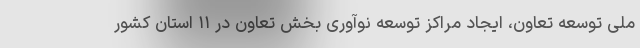
ملی توسعه تعاون، ایجاد مراکز توسعه نوآوری بخش تعاون در ۱۱ استان کشور